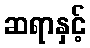
ဆရာနှင့်